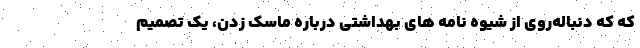
که که دنباله‌روی از شیوه نامه های بهداشتی درباره ماسک زدن، یک تصمیم